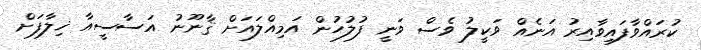
ކުރައްވާފައިވާއިރު އަނެއް ވަކީލު ވެސް ވަނީ ފުލުހުން އަމިއްލައަށް ޤާނޫނު އަސާސީއާ ޚިލާފަށް